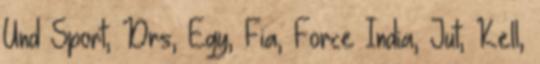
Und Sport, Drs, Egy, Fia, Force India, Jut, Kell,